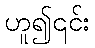
ဟူ၍၎င်း